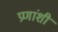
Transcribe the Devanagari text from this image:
प्रणांशी